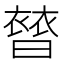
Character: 𧜊